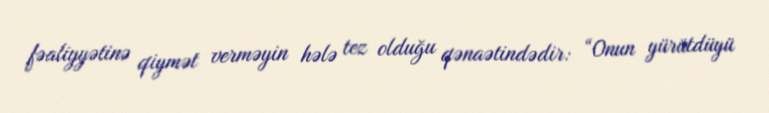
fəaliyyətinə qiymət verməyin hələ tez olduğu qənaətindədir: “Onun yürütdüyü